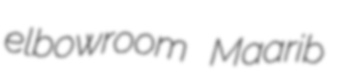
elbowroom Maarib